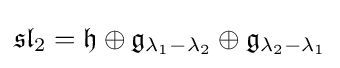
{\mathfrak {sl}}_{2}={\mathfrak {h}}\oplus {\mathfrak {g}}_{\lambda _{1}-\lambda _{2}}\oplus {\mathfrak {g}}_{\lambda _{2}-\lambda _{1}}